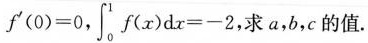
$$f^{\prime}(0)=0$$, $$\int _{0}^{1}f(x)dx=-2$$, 求a,b,c的值.